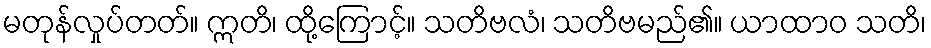
မတုန်လှုပ်တတ်။ ဣတိ၊ ထို့ကြောင့်။ သတိဗလံ၊ သတိဗမည်၏။ ယာထာဝ သတိ၊